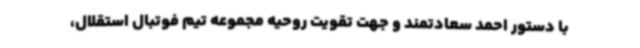
با دستور احمد سعادتمند و جهت تقویت روحیه مجموعه تیم فوتبال استقلال،